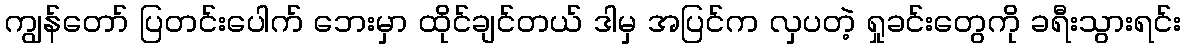
ကျွန်တော် ပြတင်းပေါက် ဘေးမှာ ထိုင်ချင်တယ် ဒါမှ အပြင်က လှပတဲ့ ရှုခင်းတွေကို ခရီးသွားရင်း